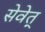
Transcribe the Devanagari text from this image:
सेवेत्